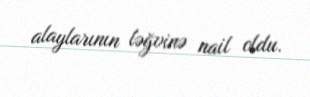
alaylarının ləğvinə nail oldu.